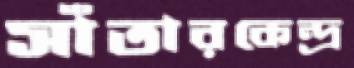
সাঁতারকেন্দ্র